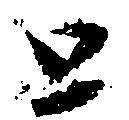
と